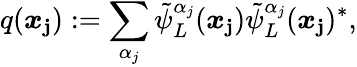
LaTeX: q(\boldsymbol x_{\le j}):=\sum_{\alpha_{j}}\tilde{\psi}_{L}^{\alpha_{j}}(\boldsymbol x_{\le j})\tilde{\psi}_{L}^{\alpha_{j}}(\boldsymbol x_{\le j})^{*},